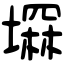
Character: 𡑕